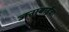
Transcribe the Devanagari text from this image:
जनाबाईंचा